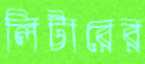
লিটারের